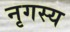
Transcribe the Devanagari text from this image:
नृगस्य